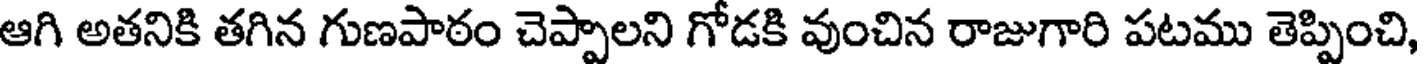
ఆగి అతనికి తగిన గుణపాఠం చెప్పాలని గోడకి వుంచిన రాజుగారి పటము తెప్పించి,